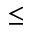
\leq